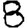
Digit: 8